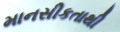
માનસીકતાથી